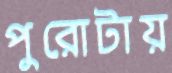
পুরোটায়